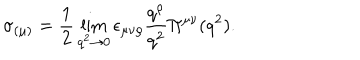
\sigma _ { ( \mu ) } = \frac { 1 } { 2 } \lim _ { q ^ { 2 } \to 0 } \epsilon _ { \mu \nu \rho } \frac { q ^ { \rho } } { q ^ { 2 } } \Pi ^ { \mu \nu } ( q ^ { 2 } ) .